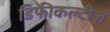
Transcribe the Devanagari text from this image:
डिफीकल्टीज